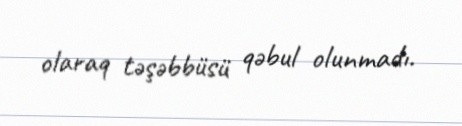
olaraq təşəbbüsü qəbul olunmadı.